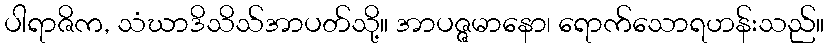
ပါရာဇိက, သံဃာဒိသိသ်အာပတ်သို့။ အာပဇ္ဇမာနော၊ ရောက်သောရဟန်းသည်။